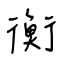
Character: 衡